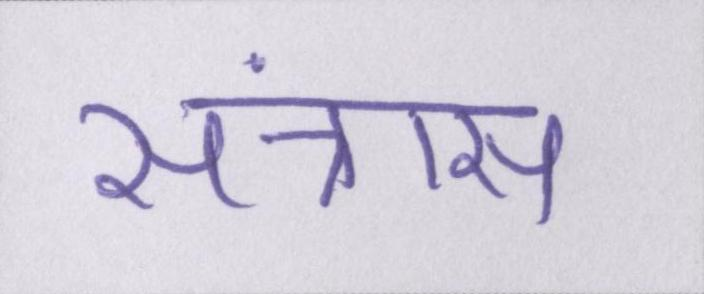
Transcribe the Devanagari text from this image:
संत्रास